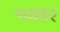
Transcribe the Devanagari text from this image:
भयहर